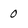
Character: 0